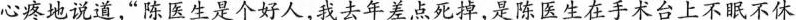
心疼地说道，”陈医生是个好人，我去年差点死掉，是陈医生在手术台上不眠不休